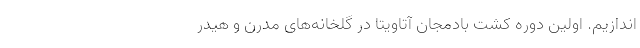
اندازیم. اولین دوره کشت بادمجان آتاویتا در گلخانه‌های مدرن و هیدر